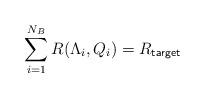
LaTeX: \begin{align*}\sum_{i=1}^{N_B} R(\Lambda_i,Q_i) = R_{\mathsf{target}}\end{align*}